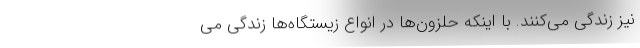
نیز زندگی می‌کنند. با اینکه حلزون‌ها در انواع زیستگاه‌ها زندگی می